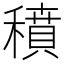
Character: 𥢊